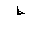
Letter: _da